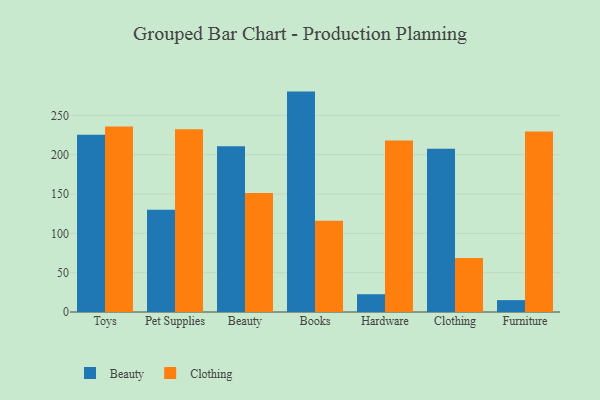
{"axis": {"x": "Category", "y": "Operating Costs (USD K)"}, "legend": ["Beauty", "Clothing"], "data": [{"x": "Toys", "y": 225.5, "type": "Beauty"}, {"x": "Toys", "y": 235.9, "type": "Clothing"}, {"x": "Pet Supplies", "y": 130.0, "type": "Beauty"}, {"x": "Pet Supplies", "y": 232.4, "type": "Clothing"}, {"x": "Beauty", "y": 210.8, "type": "Beauty"}, {"x": "Beauty", "y": 151.2, "type": "Clothing"}, {"x": "Books", "y": 280.3, "type": "Beauty"}, {"x": "Books", "y": 115.9, "type": "Clothing"}, {"x": "Hardware", "y": 22.6, "type": "Beauty"}, {"x": "Hardware", "y": 218.0, "type": "Clothing"}, {"x": "Clothing", "y": 207.5, "type": "Beauty"}, {"x": "Clothing", "y": 68.8, "type": "Clothing"}, {"x": "Furniture", "y": 15.1, "type": "Beauty"}, {"x": "Furniture", "y": 229.4, "type": "Clothing"}]}